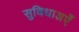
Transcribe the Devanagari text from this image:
सुविधाअएँ